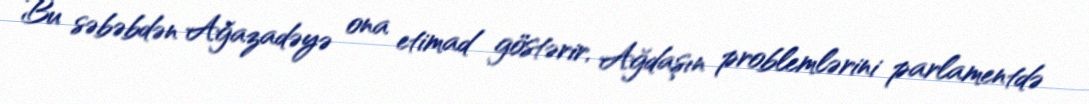
Bu səbəbdən Ağazadəyə ona etimad göstərir, Ağdaşın problemlərini parlamentdə